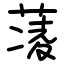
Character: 蓤